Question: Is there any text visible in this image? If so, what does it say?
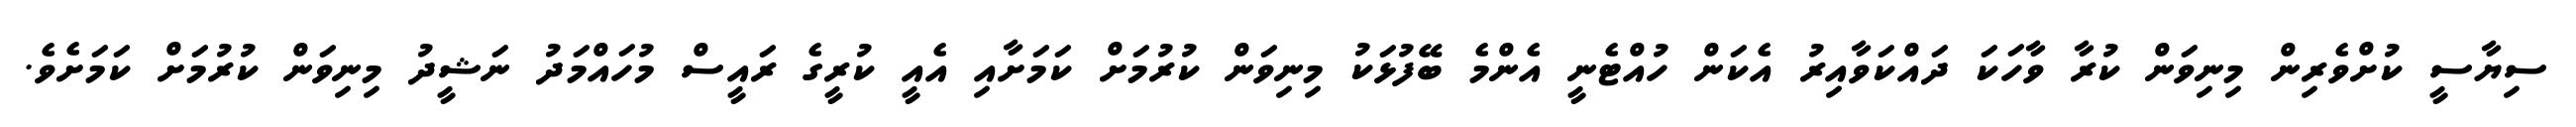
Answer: ސިޔާސީ ކުށްވެރިން މިނިވަން ކުރާ ވާހަކަ ދައްކަވާއިރު އެކަން ހުއްޓެނީ އެންމެ ބޭފުޅަކު މިނިވަން ކުރުމަށް ކަމަށާއި އެއީ ކުރީގެ ރައީސް މުހައްމަދު ނަޝީދު މިނިވަން ކުރުމަށް ކަމަށެވެ.